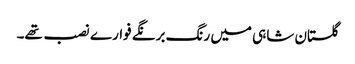
گلستان شاہی میں رنگ برنگے فوارے نصب تھے۔